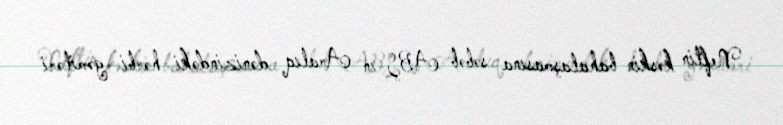
Neftin kəskin bahalaşmasına səbəb ABŞ-ın Aralıq dənizindəki hərbi gəmiləri